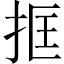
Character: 𢬤